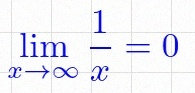
\lim_{x\to\infty}\frac{1}{x}=0